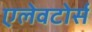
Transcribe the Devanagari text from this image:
एलेवटोर्स